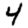
Digit: 4